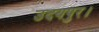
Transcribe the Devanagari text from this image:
उदयपुर।